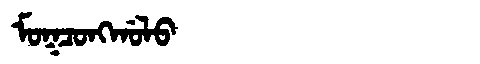
Manchu: ᠮᠣᡴᠴᠣᠩᡤᠣᠯᠣ
Romanization: MOKCONGGOLO